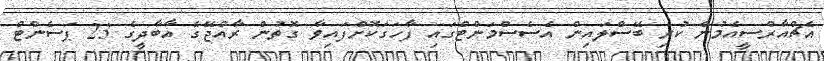
އެޗްއާރްސީއެމުން ކުރި ބޭސްލައިން އެސެސްމަންޓްގައި ފާހަގަކޮށްފައިވާ ގޮތުން ރާއްޖޭގެ އާބާދީގެ 23 ޕަސެންޓް